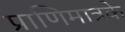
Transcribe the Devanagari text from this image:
प्राणिमात्रके